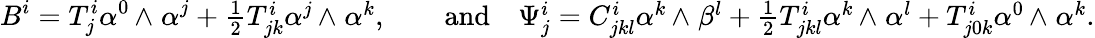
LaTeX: B^{i}=T_{j}^{i}\alpha^{0}{\, {\wedge}\; }\alpha^{j}+\textstyle{\frac 12}T_{jk}^{i}\alpha^{j}{\, {\wedge}\; }\alpha^{k},\qquad\mathrm{and}\quad\Psi_{j}^{i}=C_{jkl}^{i}\alpha^{k}{\, {\wedge}\; }\beta^{l}+\textstyle{\frac 12}T_{jkl}^{i}\alpha^{k}{\, {\wedge}\; }\alpha^{l}+T_{j0k}^{i}\alpha^{0}{\, {\wedge}\; }\alpha^{k}.